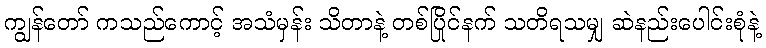
ကျွန်တော် ကသည်ကောင့် အသံမှန်း သိတာနဲ့ တစ်ပြိုင်နက် သတိရသမျှ ဆဲနည်းပေါင်းစုံနဲ့